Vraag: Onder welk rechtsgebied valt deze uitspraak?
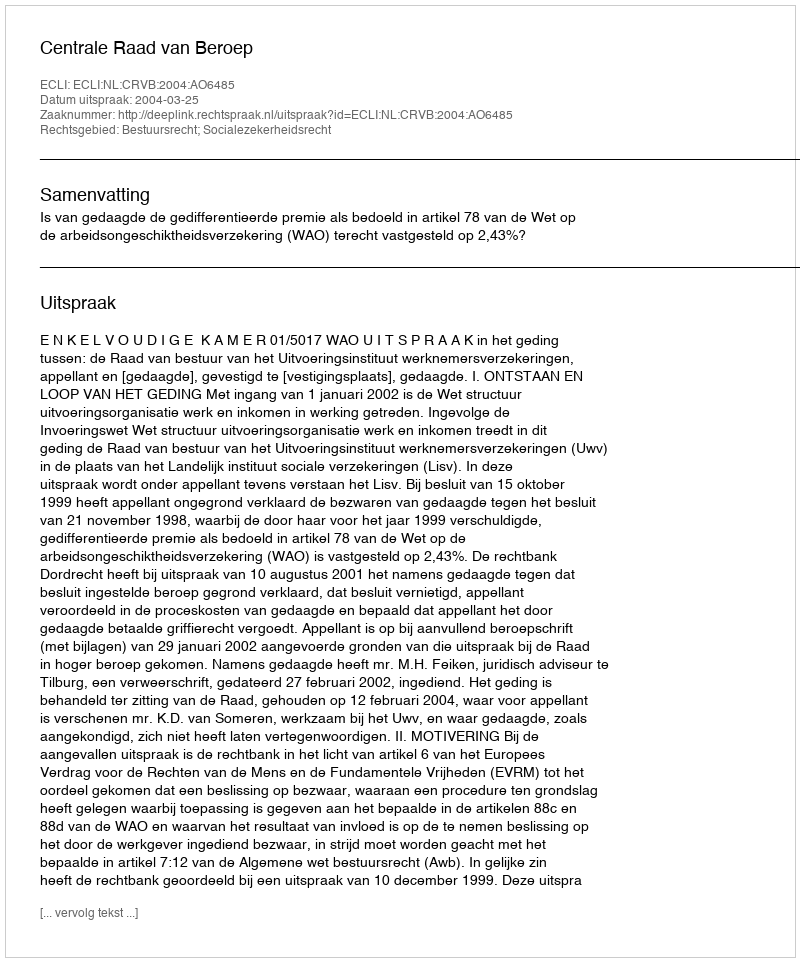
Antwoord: Bestuursrecht; Socialezekerheidsrecht